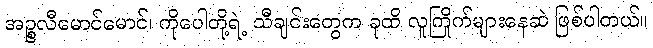
အဉ္စလီမောင်မောင်၊ ကိုပေါတို့ရဲ့ သီချင်းတွေက ခုထိ လူကြိုက်များနေဆဲ ဖြစ်ပါတယ်။